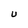
Character: U